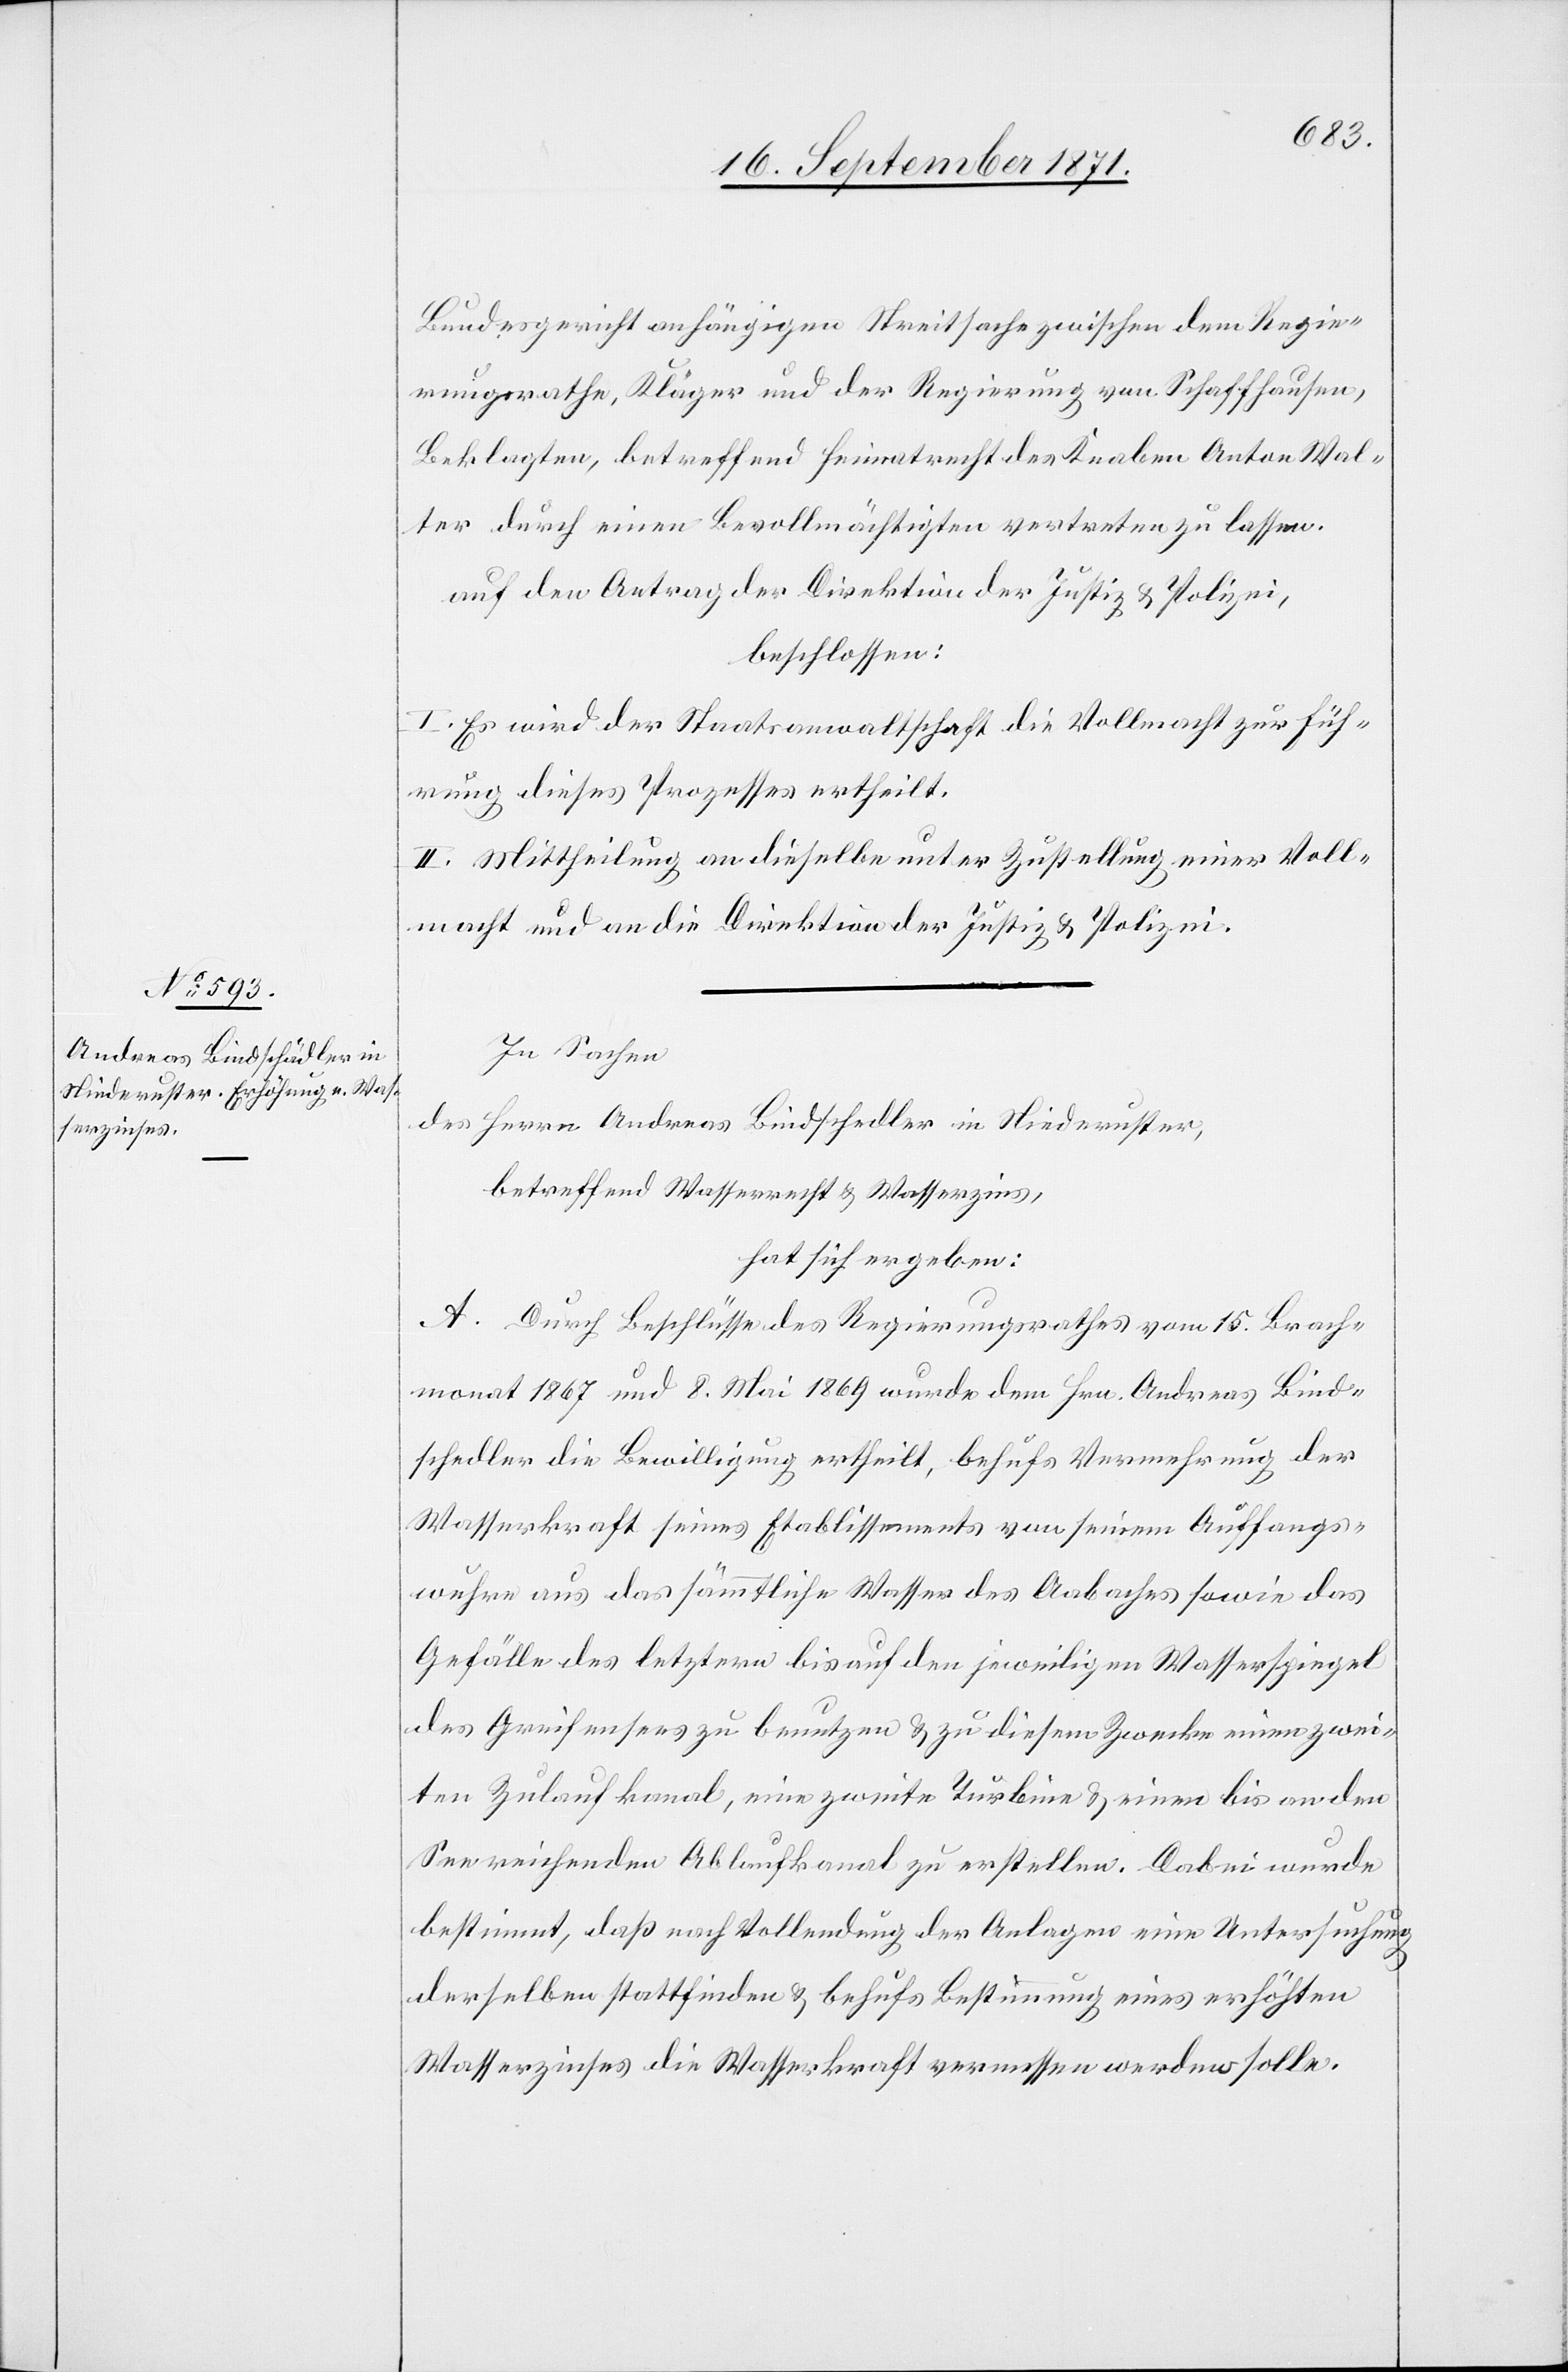
Andreas Bindschedler [si¬

c!]
Bundesgericht anhängigen Streitsache zwischen dem Regie¬
rungsrathe, Kläger und der Regierung von Schaffhausen,
Beklagten, betreffend Heimatrecht des Knaben Anton Wal¬
ter durch einen Bevollmächtigten vertreten zu lassen.
auf den Antrag der Direktion der Justiz & Polizei,
beschlossen:
I. Es wird der Staatsanwaltschaft die Vollmacht zur Füh¬
rung dieses Prozesses ertheilt.
II. Mittheilung an dieselbe unter Zustellung einer Voll¬
macht und an die Direktion der Justiz & Polizei.
In Sachen
betreffend Wasserrecht & Wasserzins,
hat sich ergeben:
A. Durch Beschlüsse des Regierungsrathes vom 15. Brach¬
monat 1867 und 8. Mai 1869 wurde dem Hrn. Andreas Bind¬
schedler die Bewilligung ertheilt, behufs Vermehrung der
Wasserkraft seines Etablissements von seinem Auffangs¬
wuhr aus das sämmtliche Wasser des Aabaches sowie das
Gefälle des letztern bis auf den jeweiligen Wasserspiegel
des Greifensees zu benutzen & zu diesem Zwecke einen zwei¬
ten Zulaufkanal, eine zweite Turbine & einen bis an den
See reichenden Abflußkanal zu erstellen. Dabei wurde
bestimmt, daß nach Vollendung der Anlagen eine Untersuchung
derselben stattfinden & behufs Bestimmung eines erhöhten
Wasserzinses die Wasserkraft vermessen werden solle.